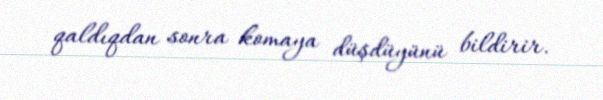
qaldıqdan sonra komaya düşdüyünü bildirir.